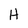
Character: H